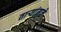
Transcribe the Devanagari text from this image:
तार्‍यांमुळे